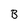
Character: B